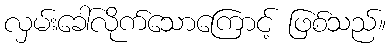
လှမ်းခေါ်လိုက်သောကြောင့် ဖြစ်သည်။